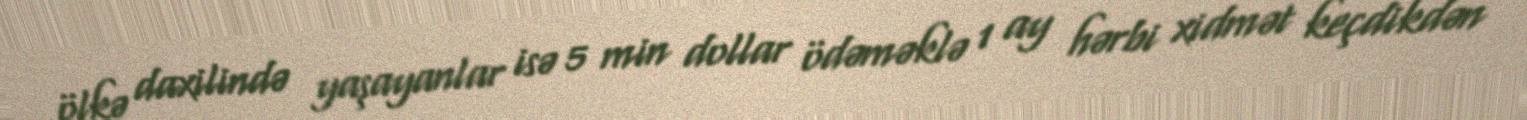
ölkə daxilində yaşayanlar isə 5 min dollar ödəməklə 1 ay hərbi xidmət keçdikdən